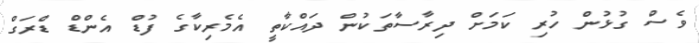
ވެސް ގުޅުން ހުރި ކަމަށް ދިރާސާތަކުން ދައްކާތީ އެމެރިކާގެ ފުޑް އެންޑް ޑްރަގް